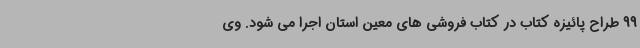
99 طراح پائیزه کتاب در کتاب فروشی های معین استان اجرا می شود. وی